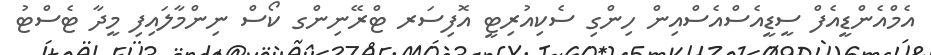
އެމްއެންޑީއެފް ސީޑީއެސްއެސްއިން ހިންގި ސެކިއުރިޓީ އޮފިސަރ ޓްރޭނިންގ ކޯސް ނިންމާލައިފި މީދާ ޓެސްޓު